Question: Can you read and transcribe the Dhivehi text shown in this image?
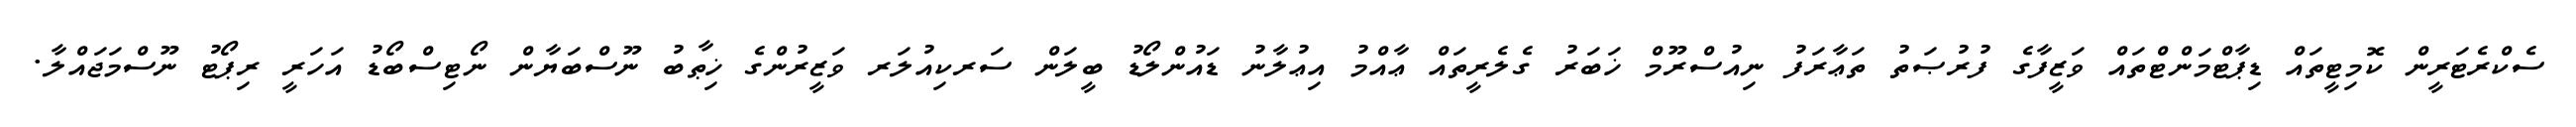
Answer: ސެކްރެޓަރީން ކޮމިޓީތައް ޑިޕާޓްމަންޓްތައް ވަޒީފާގެ ފުރުޞަތު ތަޢާރަފު ނިއުސްރޫމް ޚަބަރު ގެލެރީތައް ޢާއްމު އިޢުލާނު ޑައުންލޯޑު ބީލަން ސަރކިއުލަރ ވަޒީރުންގެ ޚިޠާބު ނޫސްބަޔާން ނޯޓިސްބޯޑު އަހަރީ ރިޕޯޓު ނޫސްމަޖައްލާ.